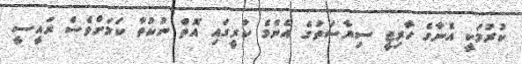
ކުރުމަކީ އެނާގެ ހާރިޖީ ސިޔާސަތުގެ އެންމެ ކުރީގައި އޮތް ނުކުތާ ކަމަށްވެސް ރައީސީ